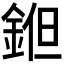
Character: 𨧝